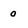
Character: 0